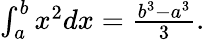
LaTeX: \textstyle\int_{a}^{b}x^{2}dx={\frac{b^{3}-a^{3}}{3}}.